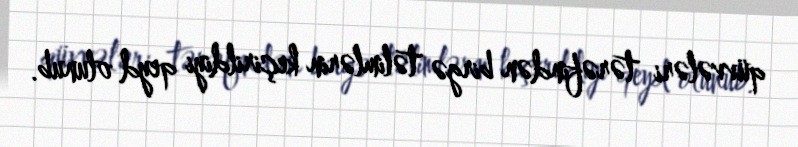
qüvvələri tərəfindən birgə təlimlərin keçirildiyi qeyd olunub.